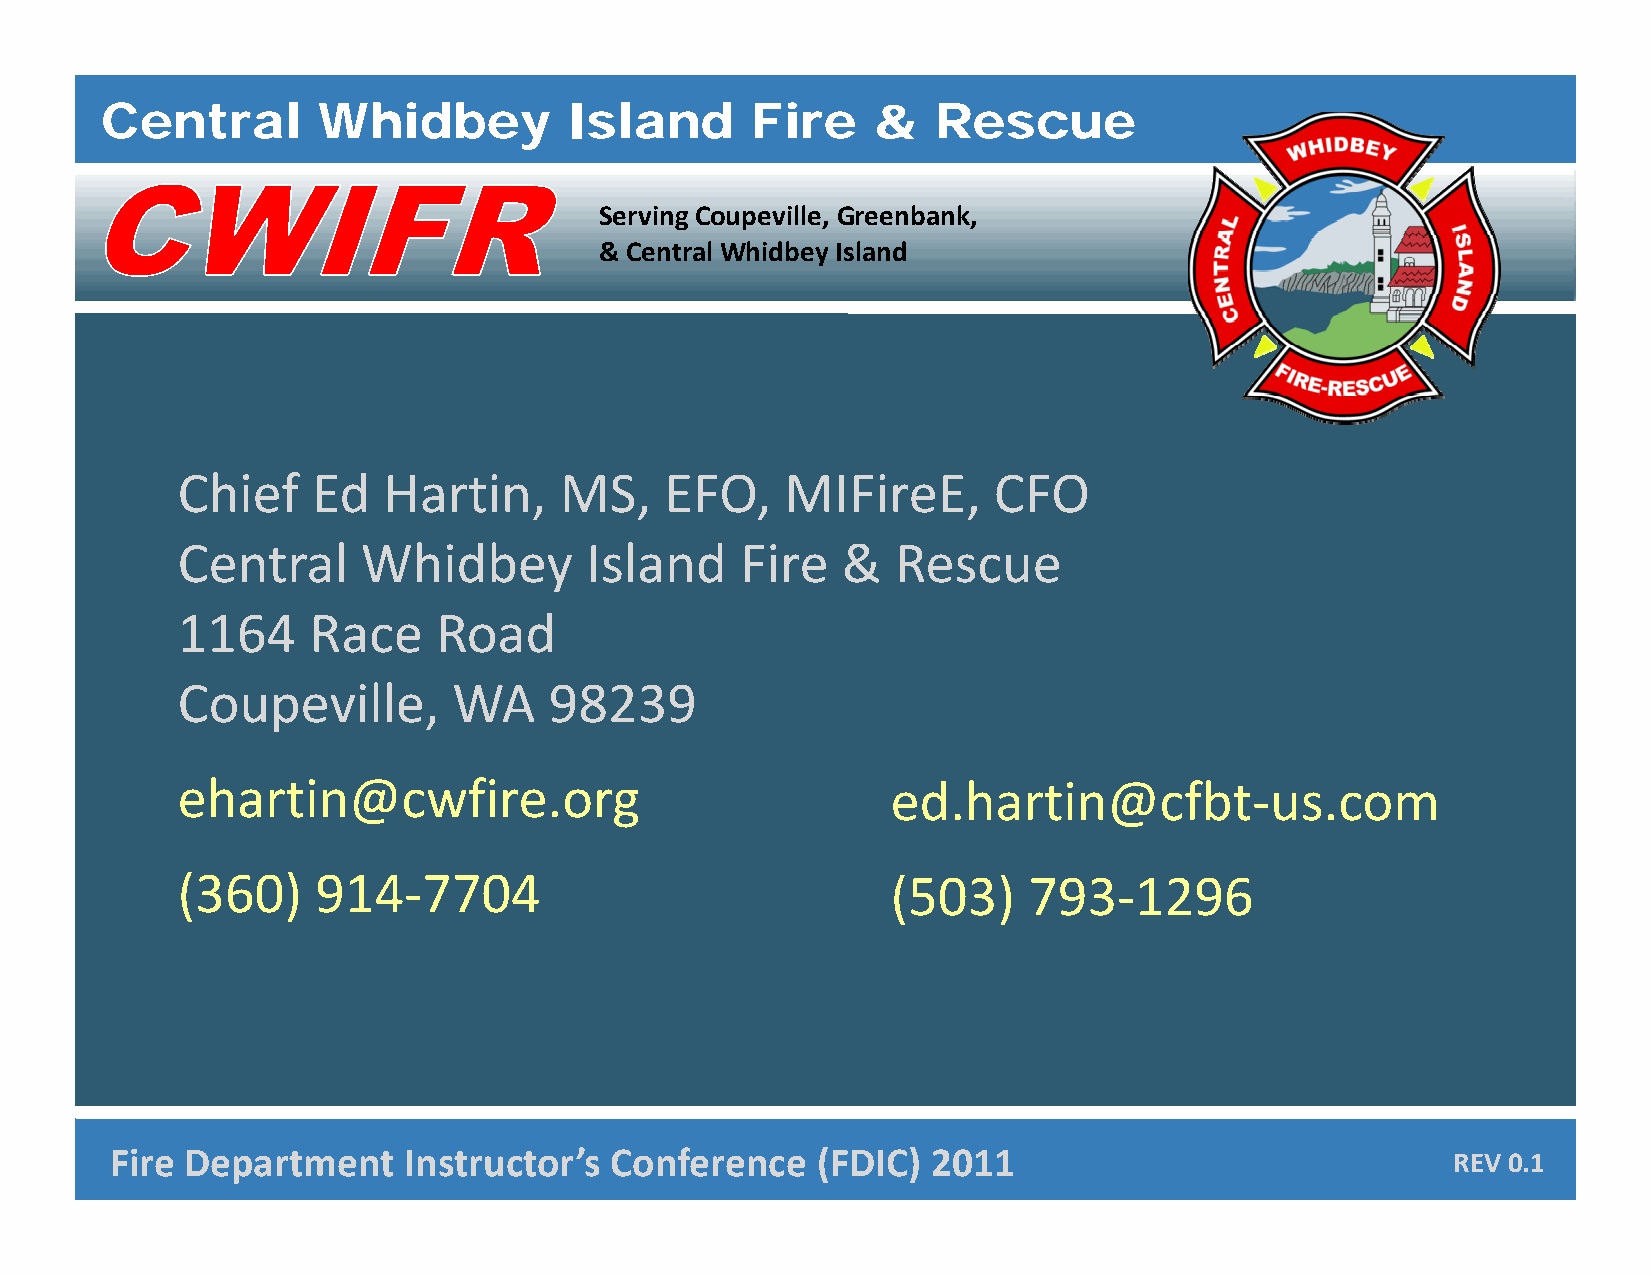
Central       Whidbey          Island      Fire    &   Rescue
 Serving Coupeville, Greenbank,
 & Central Whidbey Island
 Chief    Ed  Hartin,     MS,    EFO,    MIFireE,      CFO
 CCeennttrraall WWhhiiddbbeeyy IIssllaanndd FFiirree && RReessccuuee
 1164    Race     Road
 CCoouuppeevviillllee,, WWAA 9988223399
 ehartin@cwfire.org                             ed.hartin@cfbt‐us.com
 ((336600)) 991144‐77770044                     ((50033)) 79933‐11229966
 CFeinrtera lD Wehpidabretym Isleanndt F iIrne s&t rRuescctuoer’s ConPrfoefersesinoncaeli s(mF D●IICnt)e g2r0ity1 ●1Compassion ● Excellence RREEVV 01..10